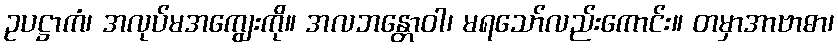
ဥပဋ္ဌာကံ၊ အလုပ်မအကျွေးကို။ အလဘန္တောဝါ၊ မရသော်လည်းကောင်း။ တမှာအာဗာဓာ၊